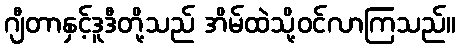
ဂျီတာနှင့်ဒူဒီတို့သည် အိမ်ထဲသို့ဝင်လာကြသည်။